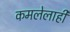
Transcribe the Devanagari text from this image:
कमलेलाही